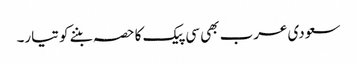
سعودی عرب بھی سی پیک کا حصہ بننے کو تیار۔